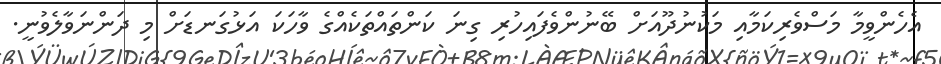
އެހެންވީމާ މަސްވެރިކަމާއި މަކުނުދޫއަށް ބޭނުންވެފައިހުރި ގިނަ ކަންތައްތަކެއްގެ ވާހަކަ އަޅުގަނޑަށް މި ދަންނަވާލެވުނީ.